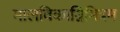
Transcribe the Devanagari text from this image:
मालविकाग्निमित्रम